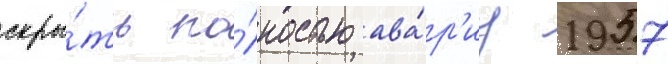
скры́ть по́лностью ава́р'иу 1957